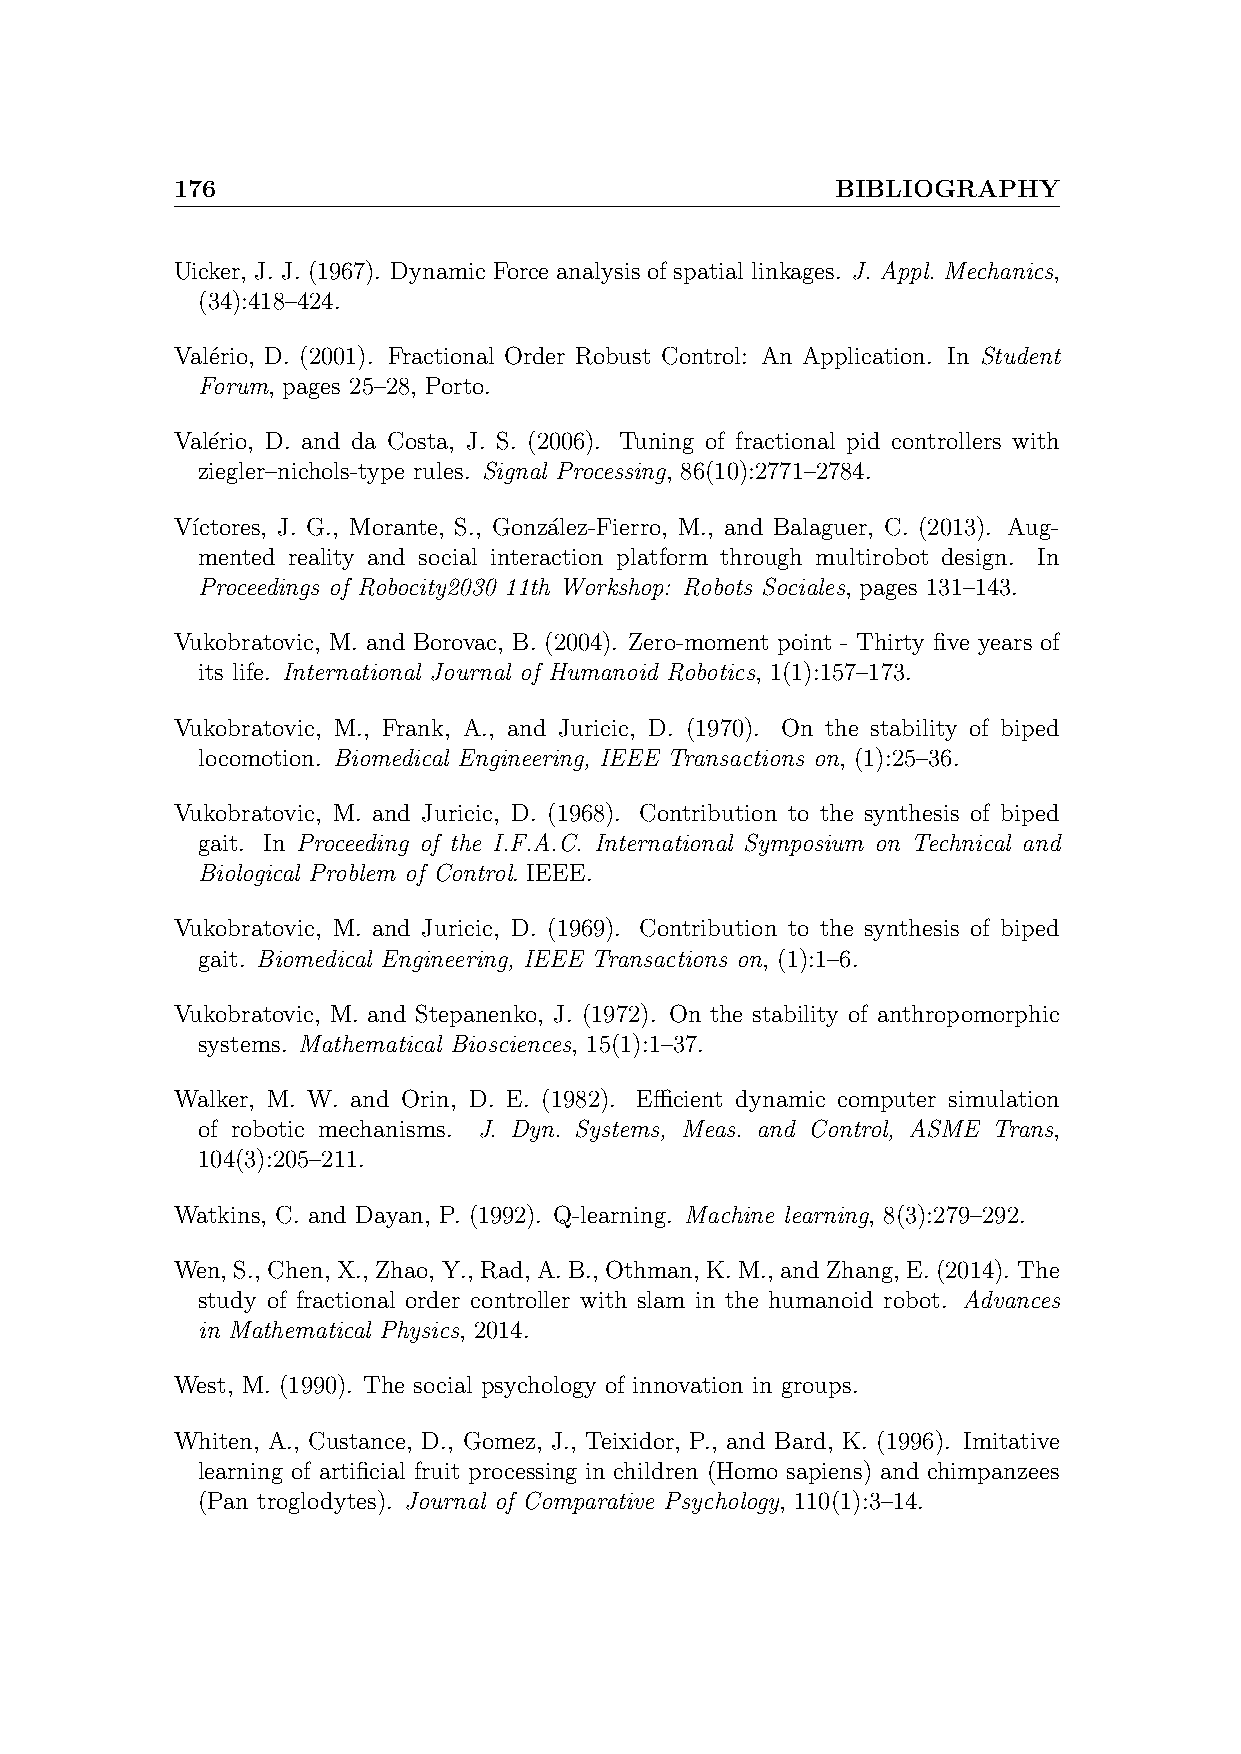
176                                         BIBLIOGRAPHY
 Uicker, J. J. (1967). Dynamic Force analysis of spatial linkages. J. Appl. Mechanics,
 (34):418–424.
 Val´erio, D. (2001). Fractional Order Robust Control: An Application. In Student
 Forum, pages 25–28, Porto.
 Val´erio, D. and da Costa, J. S. (2006). Tuning of fractional pid controllers with
 ziegler–nichols-type rules. Signal Processing, 86(10):2771–2784.
 V´ıctores, J. G., Morante, S., Gonza´lez-Fierro, M., and Balaguer, C. (2013). Aug-
 mented reality and social interaction platform through multirobot design. In
 Proceedings of Robocity2030 11th Workshop: Robots Sociales, pages 131–143.
 Vukobratovic, M. and Borovac, B. (2004). Zero-moment point - Thirty five years of
 its life. International Journal of Humanoid Robotics, 1(1):157–173.
 Vukobratovic, M., Frank, A., and Juricic, D. (1970). On the stability of biped
 locomotion. Biomedical Engineering, IEEE Transactions on, (1):25–36.
 Vukobratovic, M. and Juricic, D. (1968). Contribution to the synthesis of biped
 gait. In Proceeding of the I.F.A.C. International Symposium on Technical and
 Biological Problem of Control. IEEE.
 Vukobratovic, M. and Juricic, D. (1969). Contribution to the synthesis of biped
 gait. Biomedical Engineering, IEEE Transactions on, (1):1–6.
 Vukobratovic, M. and Stepanenko, J. (1972). On the stability of anthropomorphic
 systems. Mathematical Biosciences, 15(1):1–37.
 Walker, M. W. and Orin, D. E. (1982). Efficient dynamic computer simulation
 of robotic mechanisms. J. Dyn. Systems, Meas. and Control, ASME Trans,
 104(3):205–211.
 Watkins, C. and Dayan, P. (1992). Q-learning. Machine learning, 8(3):279–292.
 Wen, S., Chen, X., Zhao, Y., Rad, A.B., Othman, K.M., andZhang, E.(2014). The
 study of fractional order controller with slam in the humanoid robot. Advances
 in Mathematical Physics, 2014.
 West, M. (1990). The social psychology of innovation in groups.
 Whiten, A., Custance, D., Gomez, J., Teixidor, P., and Bard, K. (1996). Imitative
 learning of artificial fruit processing in children (Homo sapiens) and chimpanzees
 (Pan troglodytes). Journal of Comparative Psychology, 110(1):3–14.